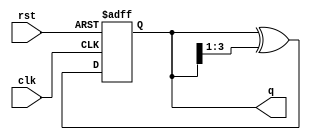
module gray_counter (
    input wire clk,
    input wire rst,
    output reg [n-1:0] q
);

parameter n = 4; // change the value of n for desired counter size

reg [n-1:0] q_next; // next state of the counter

always @(posedge clk or posedge rst) begin
    if (rst) begin
        q <= 0;
    end else begin
        q <= q_next;
    end
end

always @(*) begin
    q_next = q ^ (q >> 1); // calculate next state using Gray code principle
end

endmodule